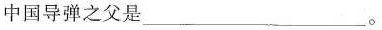
中国导弹之父是___。